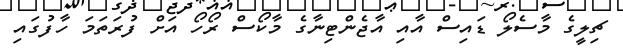
ޗިލީގެ މާސެލޯ ޑައިސް އާއި އާޖެންޓިނާގެ މާކޯސް ރޯހޯ އަށް ފުރަތަމަ ހާފުގައި